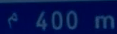
^{\circ}400\mathrm